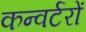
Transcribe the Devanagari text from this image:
कन्वर्टरों